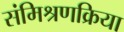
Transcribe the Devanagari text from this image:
संमिश्रणक्रिया